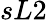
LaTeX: sL2